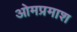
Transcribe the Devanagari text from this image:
ओमप्रमाश